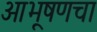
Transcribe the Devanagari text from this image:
आभूषणचा